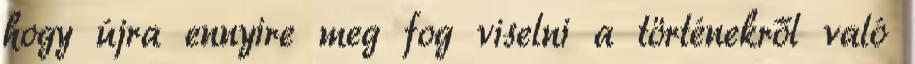
hogy újra ennyire meg fog viselni a történekről való